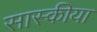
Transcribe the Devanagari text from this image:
सास्कीया